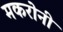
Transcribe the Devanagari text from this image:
मकरोनी